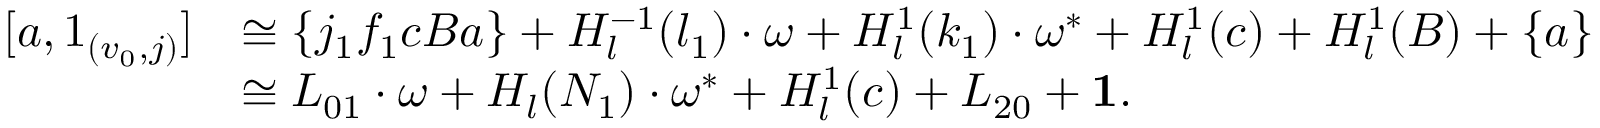
\begin{array} { r l } { [ a , 1 _ { ( v _ { 0 } , j ) } ] } & { \cong \{ j _ { 1 } f _ { 1 } c B a \} + H _ { l } ^ { - 1 } ( l _ { 1 } ) \cdot \omega + H _ { l } ^ { 1 } ( k _ { 1 } ) \cdot \omega ^ { * } + H _ { l } ^ { 1 } ( c ) + H _ { l } ^ { 1 } ( B ) + \{ a \} } \\ & { \cong L _ { 0 1 } \cdot \omega + H _ { l } ( N _ { 1 } ) \cdot \omega ^ { * } + H _ { l } ^ { 1 } ( c ) + L _ { 2 0 } + \mathbf 1 . } \end{array}